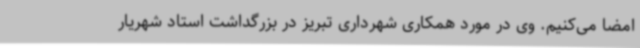
امضا می‌کنیم. وی در مورد همکاری شهرداری تبریز در بزرگداشت استاد شهریار